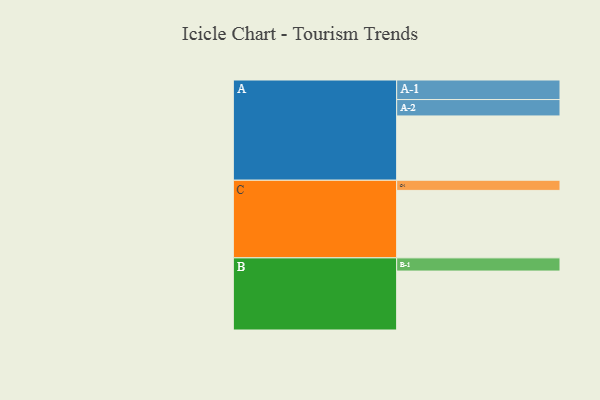
{"axis": {"x": "Segment", "y": "Value"}, "legend": ["", "A", "B", "C"], "data": [{"x": "A", "y": 526, "type": ""}, {"x": "B", "y": 482, "type": ""}, {"x": "C", "y": 552, "type": ""}, {"x": "A-1", "y": 160, "type": "A"}, {"x": "A-2", "y": 134, "type": "A"}, {"x": "B-1", "y": 108, "type": "B"}, {"x": "C-1", "y": 83, "type": "C"}]}